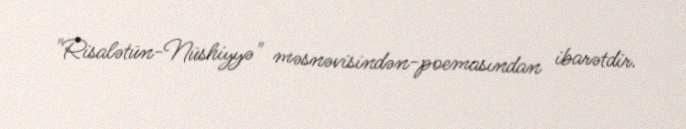
"Risalətün-Nüshiyyə" məsnəvisindən-poemasından ibarətdir.